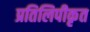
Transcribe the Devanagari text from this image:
प्रतिलिपीकृत